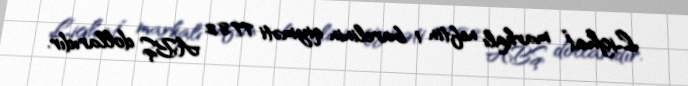
Lighat” markalı neftin 1 barelinin qiyməti 77.82 ABŞ dollarıdır.